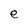
Character: e